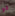
تو